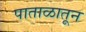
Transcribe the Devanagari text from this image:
पाताळातून